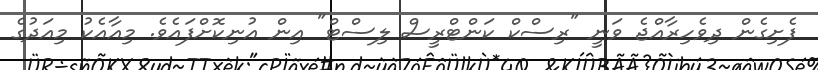
ފެށިގެން ދިވެހިރާއްޖެ ވަނީ "ރިސްކް ކަންޓްރީސް ލިސްޓް" އިން އުނިކޮށްފައެވެ. މިއާއެކު މިއަދުގެ